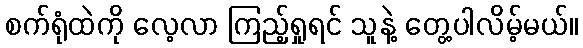
စက်ရုံထဲကို လေ့လာ ကြည့်ရှုရင် သူနဲ့ တွေ့ပါလိမ့်မယ်။